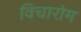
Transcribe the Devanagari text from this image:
विचारोम